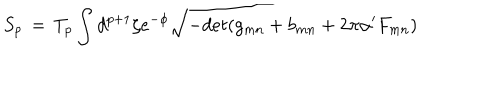
LaTeX: S _ { p } \, = \, T _ { p } \int d ^ { p + 1 } \zeta e ^ { - \phi } \sqrt { - d e t ( g _ { m n } + b _ { m n } + 2 \pi \alpha ^ { \prime } F _ { m n } ) }